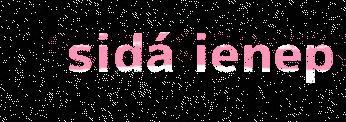
sidá ienep